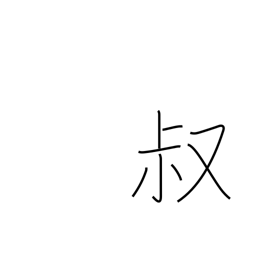
Meaning: youth